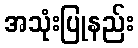
အသုံးပြုနည်း